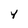
Character: Y